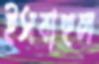
ইসবাহুল